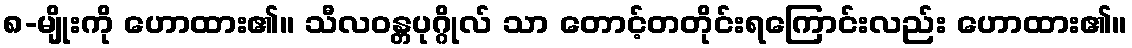
၈-မျိုးကို ဟောထား၏။ သီလဝန္တပုဂ္ဂိုလ် သာ တောင့်တတိုင်းရကြောင်းလည်း ဟောထား၏။